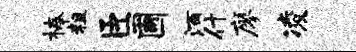
榛粗臣圃酒什廖凌